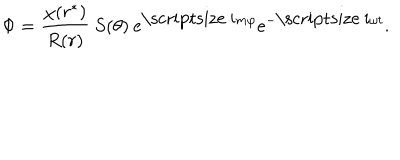
\Phi = \frac { \chi ( r ^ { * } ) } { R ( r ) } \: S ( \theta ) \: \mathrm { e } ^ { \mathrm { \scriptsize ~ i } m \varphi } \mathrm { e } ^ { - \mathrm { \scriptsize ~ i } \omega t } .